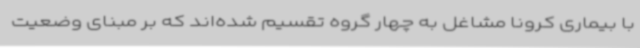
با بیماری کرونا مشاغل به چهار گروه تقسیم شده‌اند که بر مبنای وضعیت